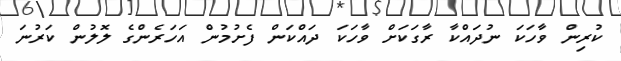
ކުރިން ވާހަކަ ނުދައްކާ ރާގަކަށް ވާހަކަ ދައްކަން ފެށުމުން އަހަރެންގެ ލޮލުން ކަރުނަ